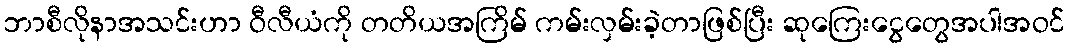
ဘာစီလိုနာအသင်းဟာ ဝီလီယံကို တတိယအကြိမ် ကမ်းလှမ်းခဲ့တာဖြစ်ပြီး ဆုကြေးငွေတွေအပါအဝင်